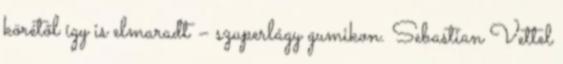
körétől így is elmaradt – szuperlágy gumikon. Sebastian Vettel